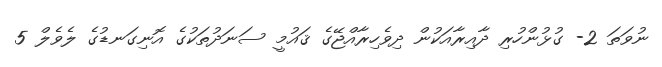
ނުވަތަ 2- ގުޅުންހުރި ދާއިރާއަކުން ދިވެހިރާއްޖޭގެ ޤައުމީ ސަނަދުތަކުގެ އޮނިގަނޑުގެ ލެވެލް 5